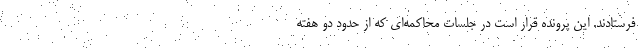
فرستادند. این پرونده قرار است در جلسات محاکمه‌ای که از حدود دو هفته